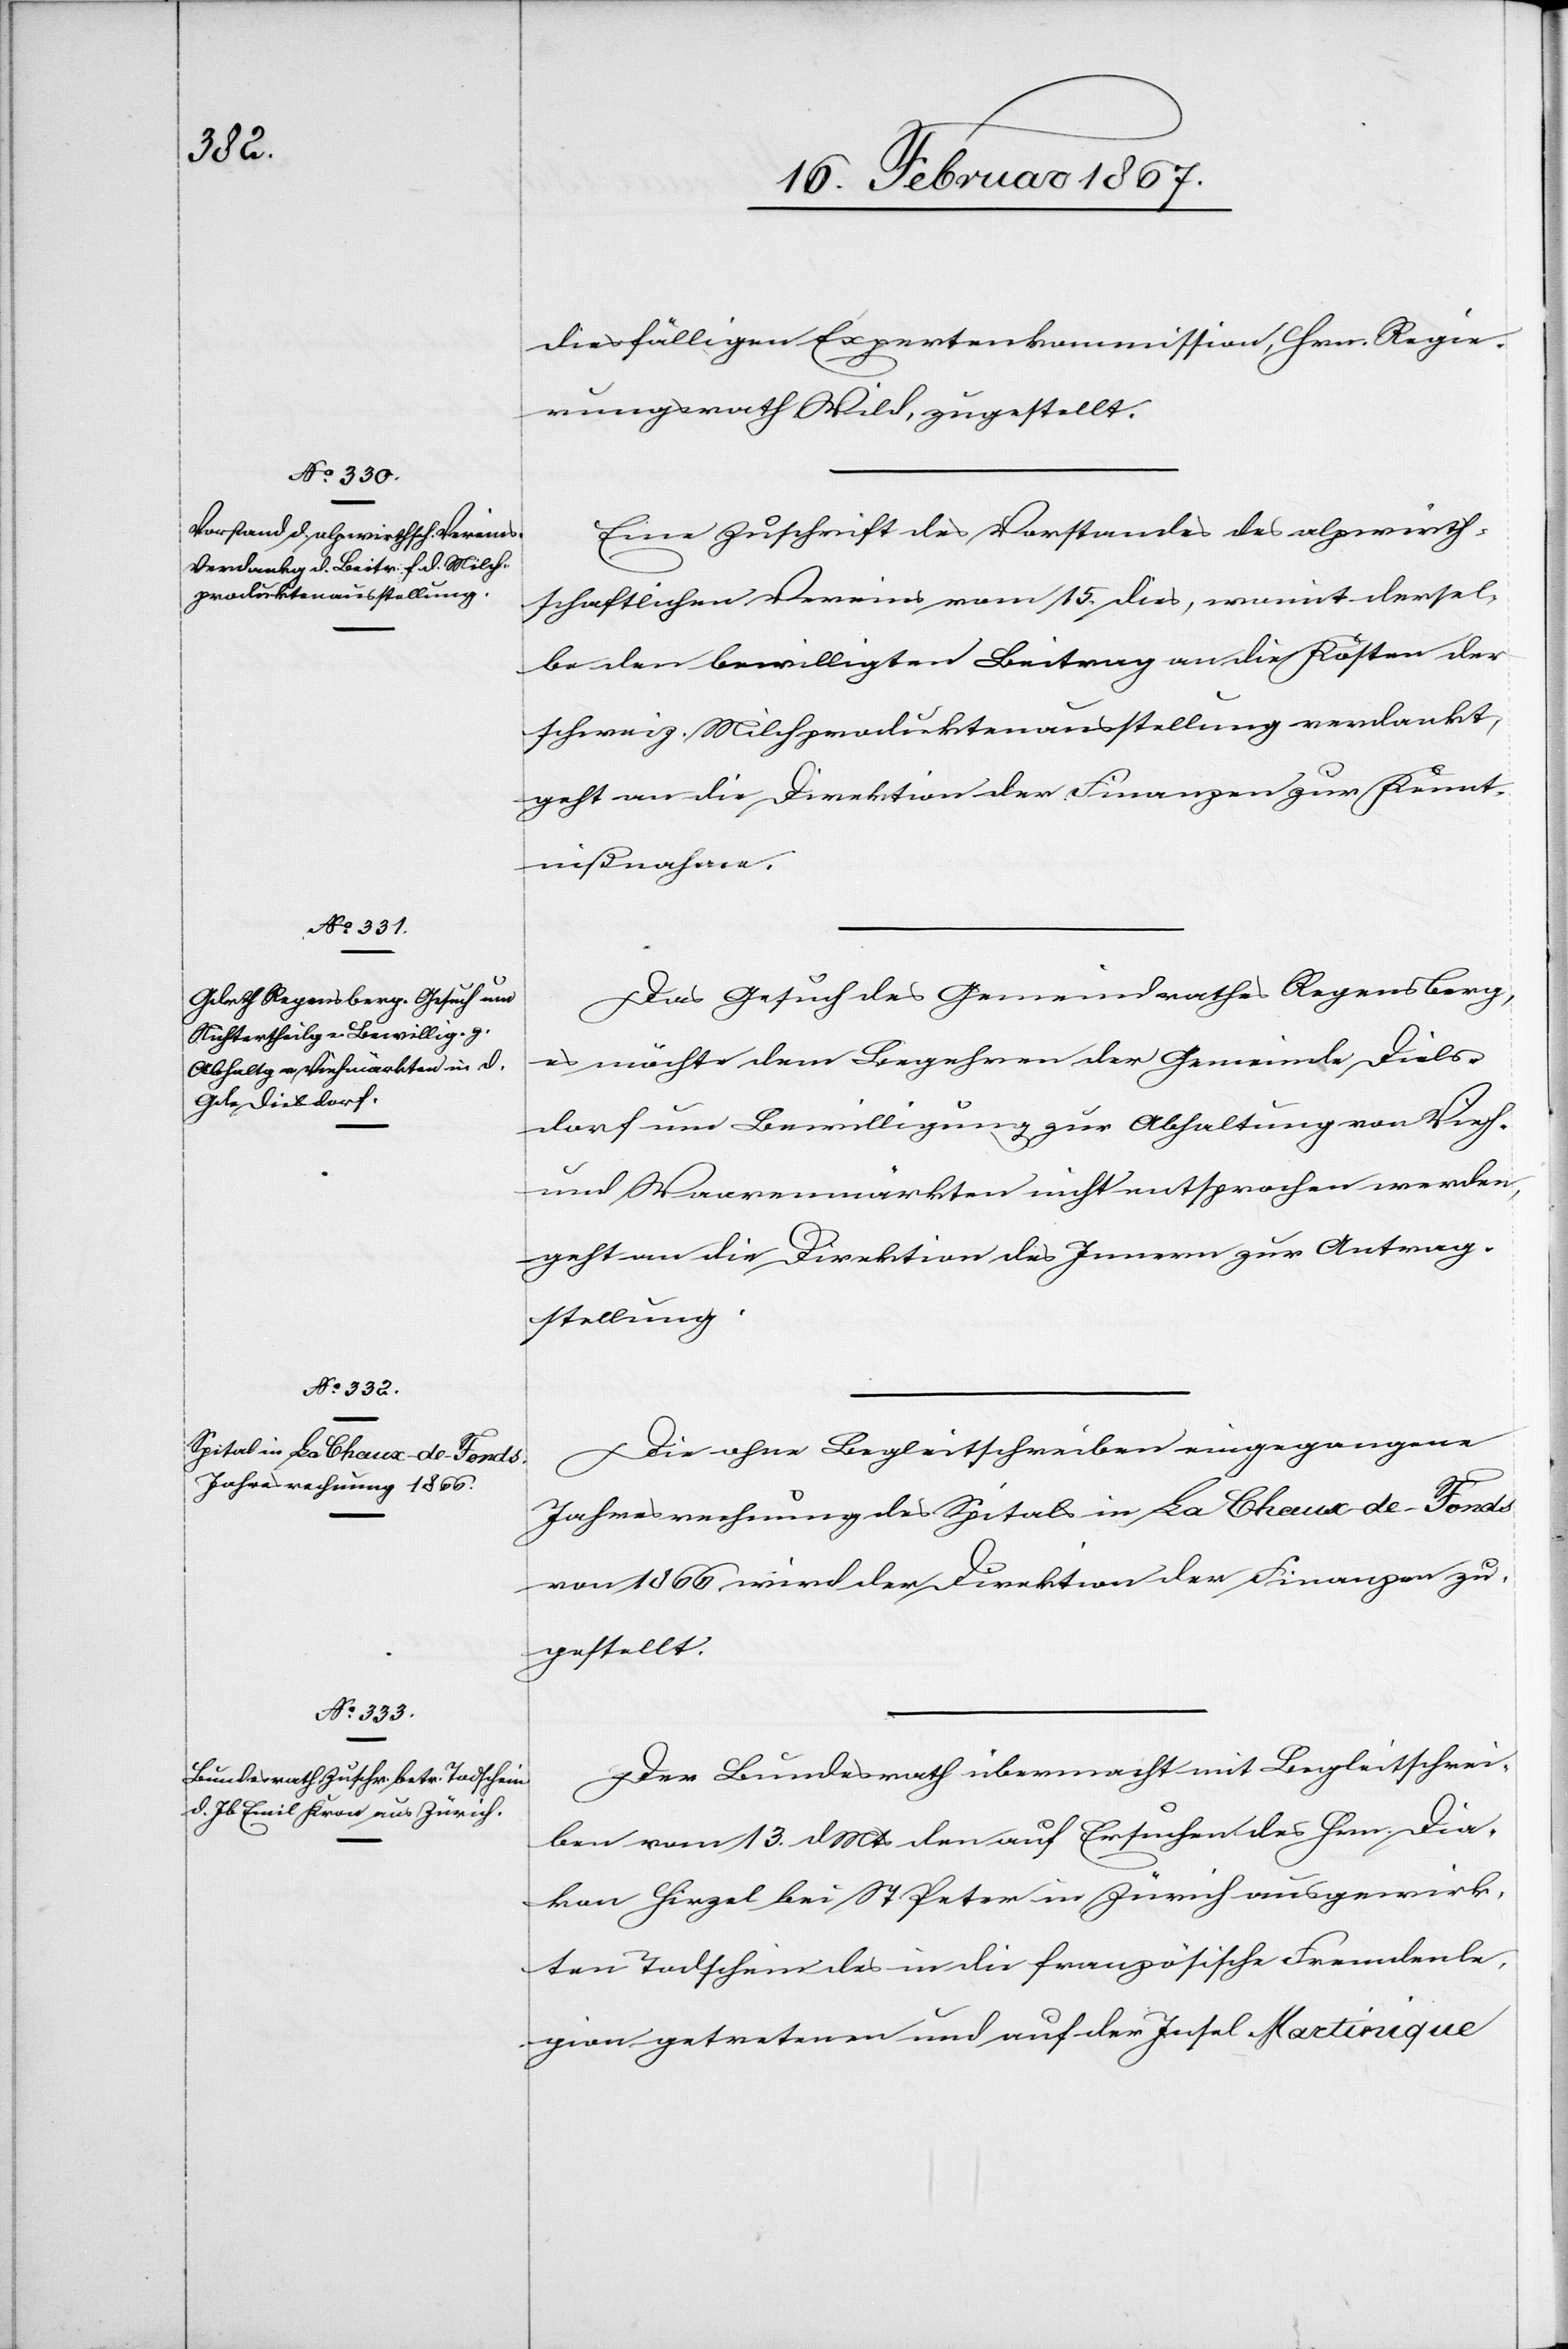
17. Februar 1867.]
diesfälligen Expertenkommission, Hrn. Regie¬
rungsrath Wild, zugestellt.
Eine Zuschrift des Vorstandes des alpwirth¬
schaftlichen Vereins vom 15. dies, womit dersel¬
be den bewilligten Beitrag an die Kosten der
schweiz. Milchproduktenausstellung verdankt,
geht an die Direktion der Finanzen zur Kennt¬
nißnahme.
Das Gesuch des Gemeindrathes Regensberg,
es möchte dem Begehren der Gemeinde Diels¬
dorf um Bewilligung zur Abhaltung von Vieh-
und Warenmärkten nicht entsprochen werden,
geht an die Direktion des Innern zu Antrag¬
stellung.
Die ohne Begleitschreiben eingegangene
Jahresrechnung des Spitals in La Chaux-de-Fonds
von 1866 wird der Direktion der Finanzen zu¬
gestellt.
Der Bundesrath übermacht mit Begleitschrei¬
ben vom 13. d. Mts den auf Ersuchen des Hrn. Dia¬
kon Hirzel bei St. Peter in Zürich ausgewirk¬
ten Todschein des in die französische Fremdenle¬
gion getretenen und auf der Insel Martinique